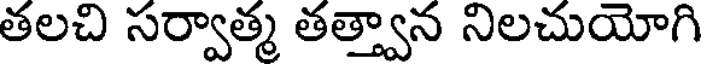
తలచి సర్వాత్మ తత్త్వాన నిలచుయోగి